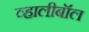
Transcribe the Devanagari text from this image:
व्हालीबॉल